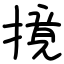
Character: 摬